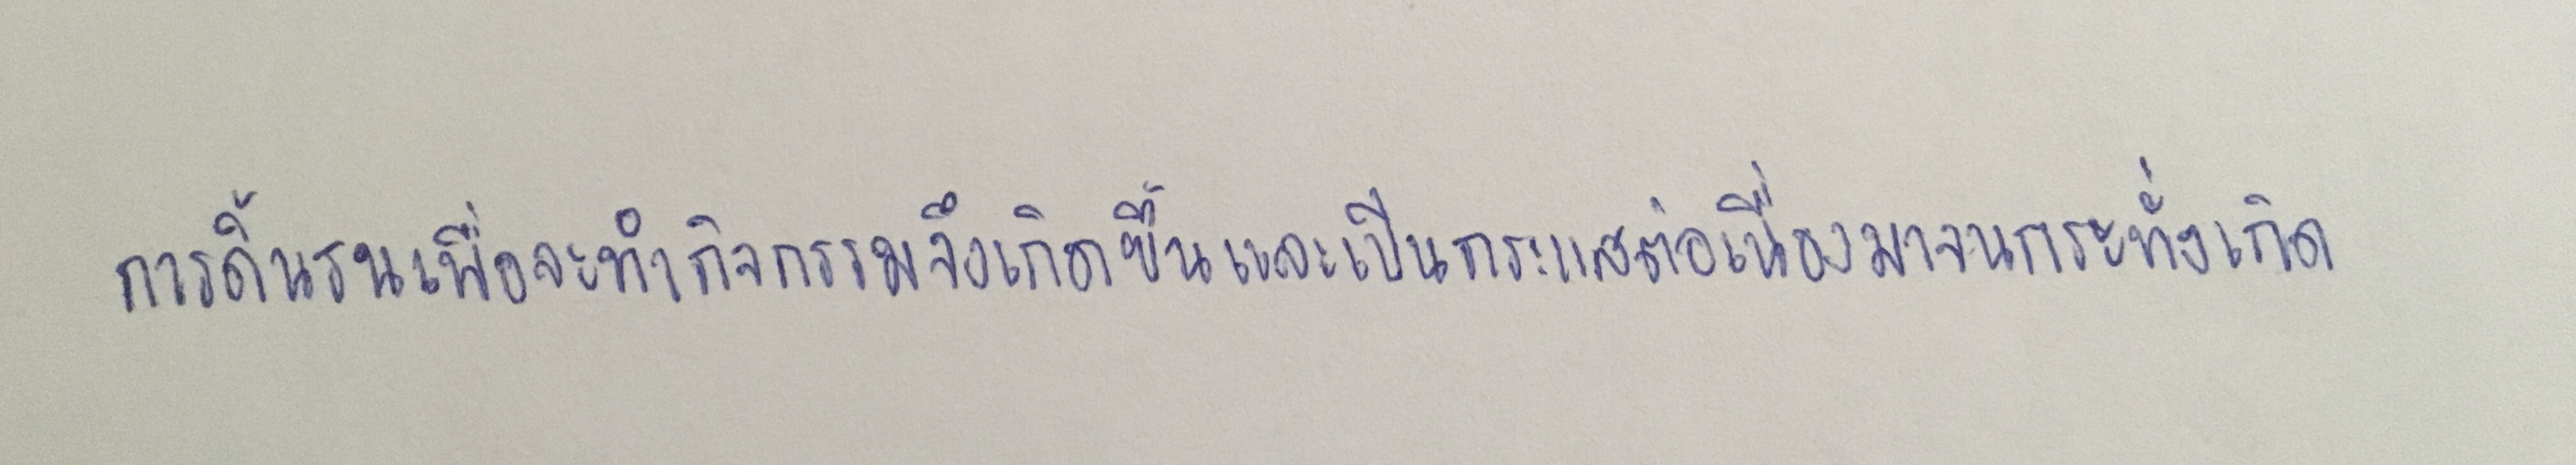
การดิ้นรนเพื่อจะทำกิจกรรมจึงเกิดขึ้นและเป็นกระแสต่อเนื่องมาจนกระทั่งเกิด